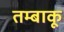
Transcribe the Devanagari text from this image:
तम्‍बाकू